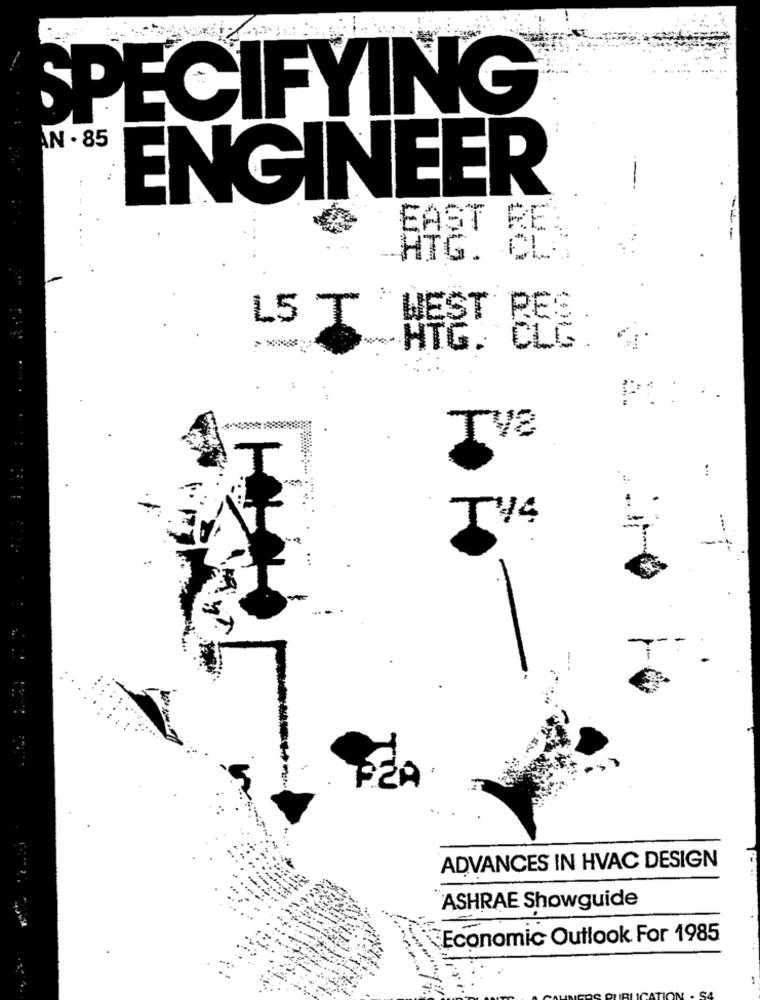
SPECIFYING
AN . 85
ENGINEER
EAST RE
RTG. CC
L5 T
HiG. CLe:
P
TV8
T
TV4
=
ADVANCES IN HVAC DESIGN
ASHRAE Showguide
Economic Outlook For 1985